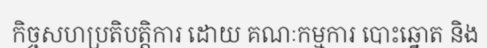
កិច្ចសហប្រតិបត្តិការ ដោយ គណៈកម្មការ បោះឆ្នោត និង